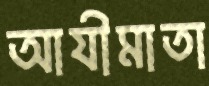
আযীমাতা